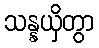
သန္နယှိတွာ